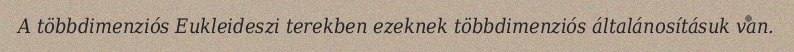
A többdimenziós Eukleideszi terekben ezeknek többdimenziós általánosításuk van.